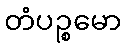
တံပဉ္စမော